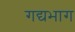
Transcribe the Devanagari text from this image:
गद्यभाग